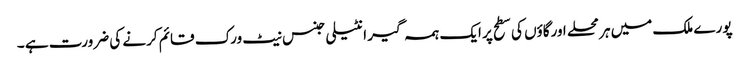
پورے ملک میں ہر محلے اورگاؤں کی سطح پر ایک ہمہ گیر انٹیلی جنس نیٹ ورک قائم کرنے کی ضرورت ہے ۔